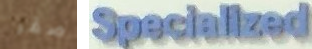
صقر Specialized